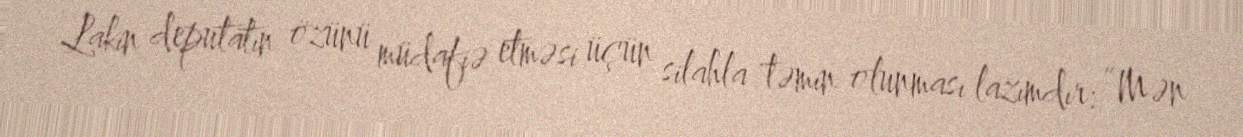
Lakin deputatın özünü müdafiə etməsi üçün silahla təmin olunması lazımdır: “Mən